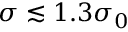
\sigma \lesssim 1 . 3 \sigma _ { 0 }